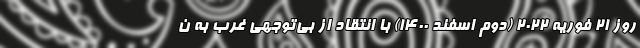
روز ۲۱ فوریه ۲۰۲۲ (دوم اسفند ۱۴۰۰) با انتقاد از بی‌توجهی غرب به ن